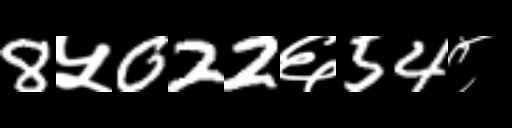
Text: 8५022६54८